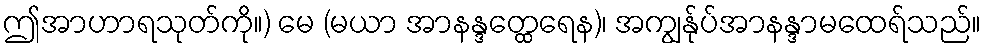
ဤအာဟာရသုတ်ကို။) မေ (မယာ အာနန္ဒတ္ထေရေန)၊ အကျွန်ုပ်အာနန္ဒာမထေရ်သည်။